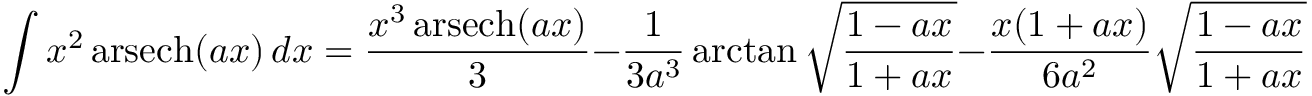
\int x ^ { 2 } \operatorname { a r s e c h } ( a x ) \, d x = { \frac { x ^ { 3 } \operatorname { a r s e c h } ( a x ) } { 3 } } - { \frac { 1 } { 3 a ^ { 3 } } } \arctan { \sqrt { \frac { 1 - a x } { 1 + a x } } } - { \frac { x ( 1 + a x ) } { 6 a ^ { 2 } } } { \sqrt { \frac { 1 - a x } { 1 + a x } } } + C